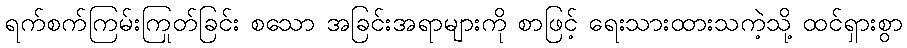
ရက်စက်ကြမ်းကြုတ်ခြင်း စသော အခြင်းအရာများကို စာဖြင့် ရေးသားထားသကဲ့သို့ ထင်ရှားစွာ